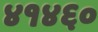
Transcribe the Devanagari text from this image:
४१४६०